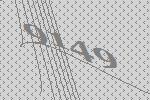
9149